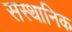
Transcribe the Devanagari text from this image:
सस्थानिक